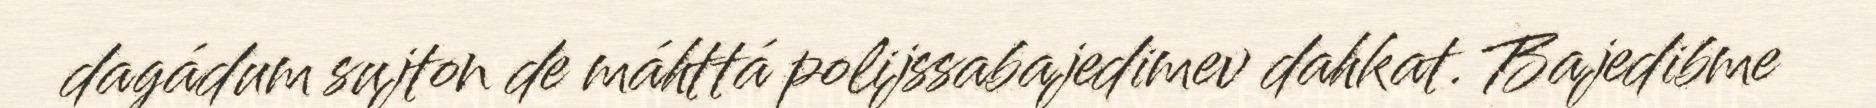
dagádum sujton de máhttá polijssabajedimev dahkat. Bajedibme